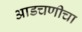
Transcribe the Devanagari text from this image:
आडचणीचा